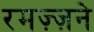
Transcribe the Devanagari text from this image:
रमज़्ज़ने